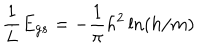
{ \frac { 1 } { L } } E _ { g s } = - { \frac { 1 } { \pi } } h ^ { 2 } \ln ( h / m )